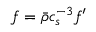
f = \bar { \rho } c _ { s } ^ { - 3 } f ^ { \prime }